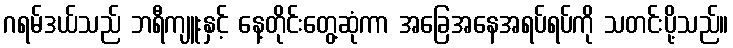
ဂရမ်ဒယ်သည် ဘရီကျူးနှင့် နေ့တိုင်းတွေ့ဆုံကာ အခြေအနေအရပ်ရပ်ကို သတင်းပို့သည်။